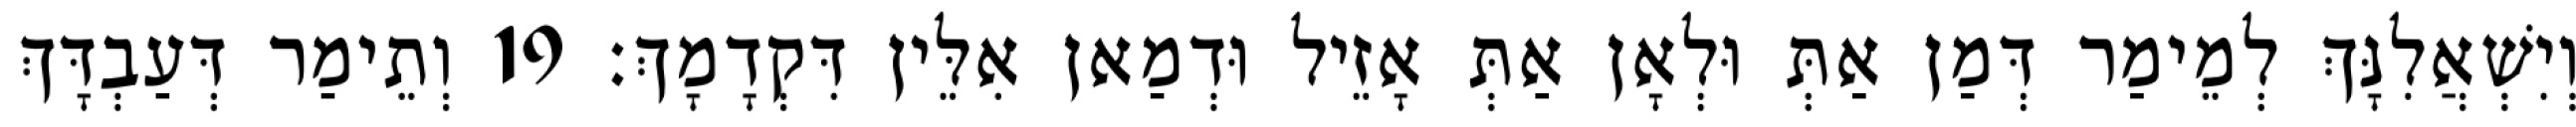
וְיִשְׁאֲלִנָּךְ לְמֵימַר דְּמַן אַתְּ וּלְאָן אַתְּ אָזֵיל וּדְמַאן אִלֵּין דִּקְדָמָךְ׃ 19 וְתֵימַר דְּעַבְדָּךְ